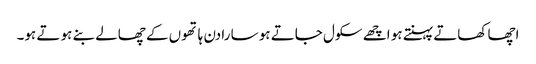
اچھا کھاتے پہنتے ہو اچھے سکول جاتے ہو سا رادن ہا تھوں کے چھالے بنے ہو تے ہو۔